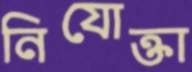
নিযোক্তা